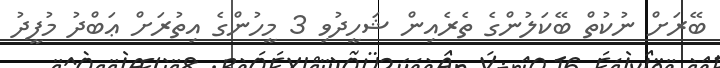
ބޭރަށް ނުކުތް ބޭކަލުންގެ ތެރެއިން ޝަހީދުވި 3 މީހުންގެ އިތުރަށް ޢަބްދު މުފީދު